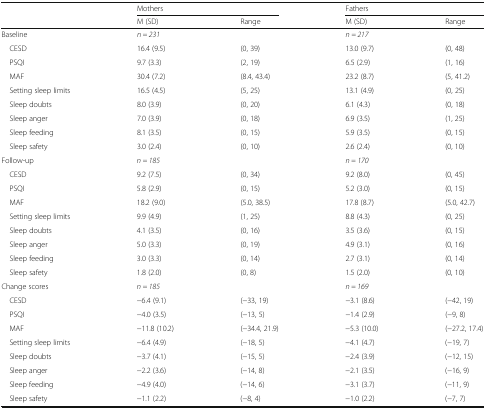
<table><thead><tr><td rowspan="2"></td><td colspan="2"><b>Mothers</b></td><td colspan="2"><b>Fathers</b></td></tr><tr><td><b>M (SD)</b></td><td><b>Range</b></td><td><b>M (SD)</b></td><td><b>Range</b></td></tr></thead><tbody><tr><td>Baseline</td><td><i>n = 231</i></td><td></td><td><i>n = 217</i></td><td></td></tr><tr><td> CESD</td><td>16.4 (9.5)</td><td>(0, 39)</td><td>13.0 (9.7)</td><td>(0, 48)</td></tr><tr><td> PSQI</td><td>9.7 (3.3)</td><td>(2, 19)</td><td>6.5 (2.9)</td><td>(1, 16)</td></tr><tr><td> MAF</td><td>30.4 (7.2)</td><td>(8.4, 43.4)</td><td>23.2 (8.7)</td><td>(5, 41.2)</td></tr><tr><td> Setting sleep limits</td><td>16.5 (4.5)</td><td>(5, 25)</td><td>13.1 (4.9)</td><td>(0, 25)</td></tr><tr><td> Sleep doubts</td><td>8.0 (3.9)</td><td>(0, 20)</td><td>6.1 (4.3)</td><td>(0, 18)</td></tr><tr><td> Sleep anger</td><td>7.0 (3.9)</td><td>(0, 18)</td><td>6.9 (3.5)</td><td>(1, 25)</td></tr><tr><td> Sleep feeding</td><td>8.1 (3.5)</td><td>(0, 15)</td><td>5.9 (3.5)</td><td>(0, 15)</td></tr><tr><td> Sleep safety</td><td>3.0 (2.4)</td><td>(0, 10)</td><td>2.6 (2.4)</td><td>(0, 10)</td></tr><tr><td>Follow-up</td><td><i>n = 185</i></td><td></td><td><i>n = 170</i></td><td></td></tr><tr><td> CESD</td><td>9.2 (7.5)</td><td>(0, 34)</td><td>9.2 (8.0)</td><td>(0, 45)</td></tr><tr><td> PSQI</td><td>5.8 (2.9)</td><td>(0, 15)</td><td>5.2 (3.0)</td><td>(0, 15)</td></tr><tr><td> MAF</td><td>18.2 (9.0)</td><td>(5.0, 38.5)</td><td>17.8 (8.7)</td><td>(5.0, 42.7)</td></tr><tr><td> Setting sleep limits</td><td>9.9 (4.9)</td><td>(1, 25)</td><td>8.8 (4.3)</td><td>(0, 25)</td></tr><tr><td> Sleep doubts</td><td>4.1 (3.5)</td><td>(0, 16)</td><td>3.5 (3.6)</td><td>(0, 15)</td></tr><tr><td> Sleep anger</td><td>5.0 (3.3)</td><td>(0, 19)</td><td>4.9 (3.1)</td><td>(0, 16)</td></tr><tr><td> Sleep feeding</td><td>3.0 (3.3)</td><td>(0, 14)</td><td>2.7 (3.1)</td><td>(0, 14)</td></tr><tr><td> Sleep safety</td><td>1.8 (2.0)</td><td>(0, 8)</td><td>1.5 (2.0)</td><td>(0, 10)</td></tr><tr><td>Change scores</td><td><i>n = 185</i></td><td></td><td><i>n = 169</i></td><td></td></tr><tr><td> CESD</td><td>−6.4 (9.1)</td><td>(−33, 19)</td><td>−3.1 (8.6)</td><td>(−42, 19)</td></tr><tr><td> PSQI</td><td>−4.0 (3.5)</td><td>(−13, 5)</td><td>−1.4 (2.9)</td><td>(−9, 8)</td></tr><tr><td> MAF</td><td>−11.8 (10.2)</td><td>(−34.4, 21.9)</td><td>−5.3 (10.0)</td><td>(−27.2, 17.4)</td></tr><tr><td> Setting sleep limits</td><td>−6.4 (4.9)</td><td>(−18, 5)</td><td>−4.1 (4.7)</td><td>(−19, 7)</td></tr><tr><td> Sleep doubts</td><td>−3.7 (4.1)</td><td>(−15, 5)</td><td>−2.4 (3.9)</td><td>(−12, 15)</td></tr><tr><td> Sleep anger</td><td>−2.2 (3.6)</td><td>(−14, 8)</td><td>−2.1 (3.5)</td><td>(−16, 9)</td></tr><tr><td> Sleep feeding</td><td>−4.9 (4.0)</td><td>(−14, 6)</td><td>−3.1 (3.7)</td><td>(−11, 9)</td></tr><tr><td> Sleep safety</td><td>−1.1 (2.2)</td><td>(−8, 4)</td><td>−1.0 (2.2)</td><td>(−7, 7)</td></tr></tbody></table>